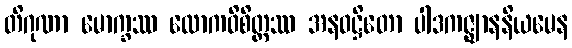
တိဂုဏာ မောက္ခဿ လောကဝိစိတ္တဿ အနဝဋ္ဌိတော ပါဒကဇ္ဈာနနိယမေန